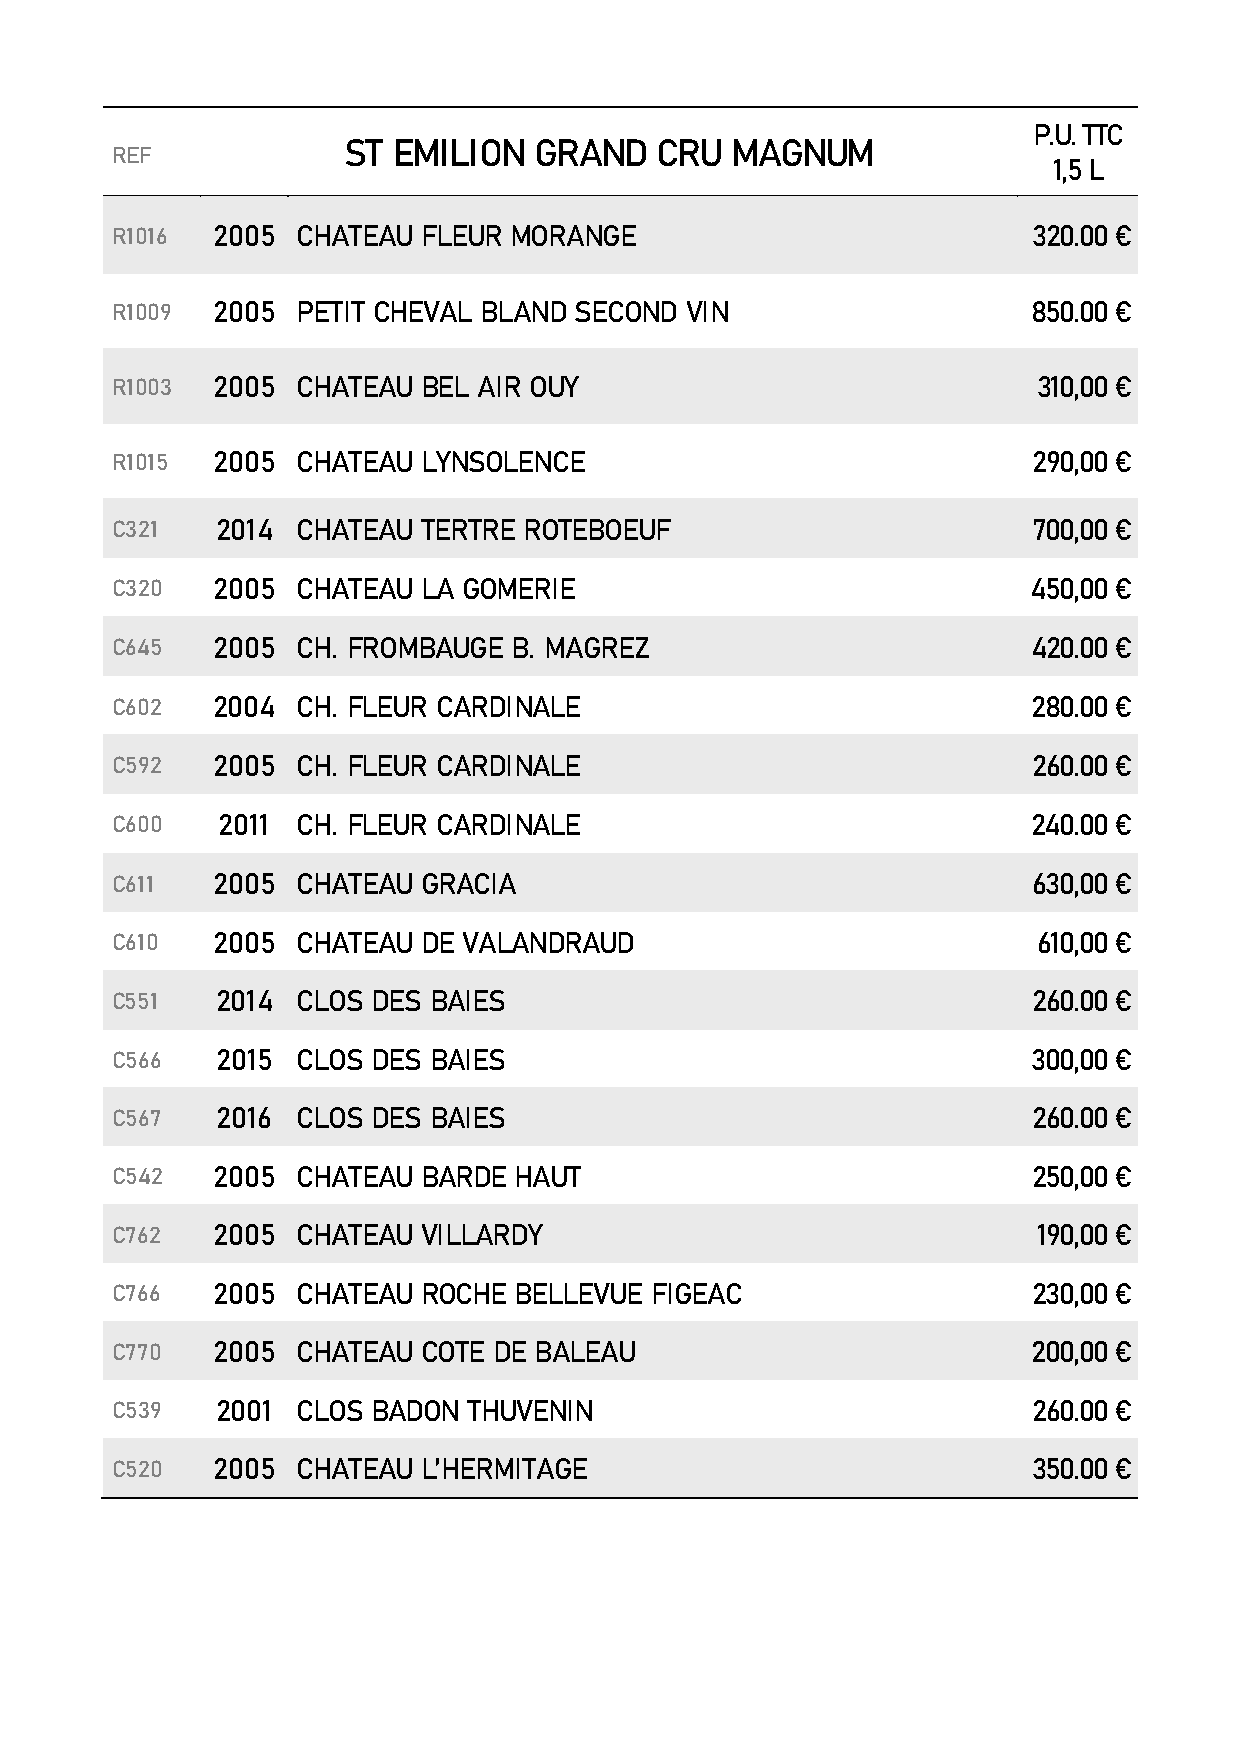
P.U. TTC
 ST EMILION  GRAND   CRU  MAGNUM
 REF
 1,5 L
 R1016  2005  CHATEAU FLEUR MORANGE                           320.00 €
 R1009  2005  PETIT CHEVAL BLAND SECOND VIN                   850.00 €
 R1003  2005  CHATEAU BEL AIR OUY                              310,00 €
 R1015  2005  CHATEAU LYNSOLENCE                              290,00 €
 C321   2014  CHATEAU TERTRE ROTEBOEUF                        700,00 €
 C320   2005  CHATEAU LA GOMERIE                              450,00 €
 C645   2005  CH. FROMBAUGE B. MAGREZ                         420.00 €
 C602   2004  CH. FLEUR CARDINALE                             280.00 €
 C592   2005  CH. FLEUR CARDINALE                             260.00 €
 C600   2011  CH. FLEUR CARDINALE                             240.00 €
 C611   2005  CHATEAU GRACIA                                  630,00 €
 C610   2005  CHATEAU DE VALANDRAUD                            610,00 €
 C551   2014  CLOS DES BAIES                                  260.00 €
 C566   2015  CLOS DES BAIES                                  300,00 €
 C567   2016  CLOS DES BAIES                                  260.00 €
 C542   2005  CHATEAU BARDE HAUT                              250,00 €
 C762   2005  CHATEAU VILLARDY                                 190,00 €
 C766   2005  CHATEAU ROCHE BELLEVUE FIGEAC                   230,00 €
 C770   2005  CHATEAU COTE DE BALEAU                          200,00 €
 C539   2001  CLOS BADON THUVENIN                             260.00 €
 C520   2005  CHATEAU L’HERMITAGE                             350.00 €